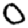
Digit: 0